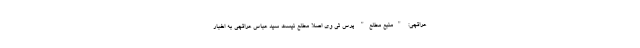
عراقچی: "منبع مطلع" پرس تی وی اصلا مطلع نیست سید عباس عراقچی به اخبار